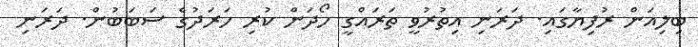
ބިލިއަން ރުފިޔާގައި. ދަރަނި އިތުރުވީ ތަރައްގީ ހޯދަން ކުރި ހަރަދުގެ ސަބަބުން. ދަރަނި